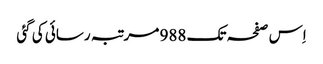
اِس صفحہ تک 988 مرتبہ رسائی کی گئی